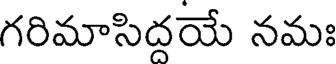
గరిమాసిదయే నమః